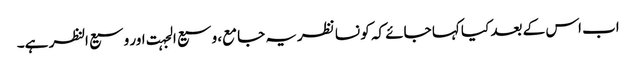
اب اس کے بعد کیا کہا جائے کہ کو نسا نظریہ جامع، وسیع الجہت اور وسیع النظر ہے۔